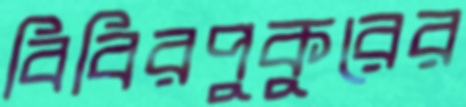
বিবিরপুকুরের